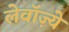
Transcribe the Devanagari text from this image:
लेवॉज़्ये